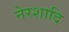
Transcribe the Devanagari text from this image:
नेरशादि